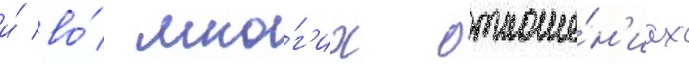
и́ во́ мно́г'их отноше́н'иах